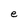
Character: e